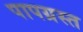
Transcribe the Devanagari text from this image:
पापग्रस्त